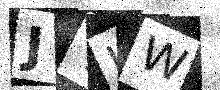
Text: JYIW